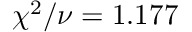
\chi ^ { 2 } / \nu = 1 . 1 7 7